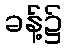
ခန့်၌